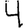
Digit: 4